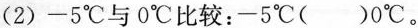
(2)-5℃与0℃比较：-5℃()0℃。